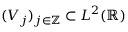
( V _ { j } ) _ { j \in \mathbb { Z } } \subset L ^ { 2 } ( \mathbb { R } )